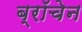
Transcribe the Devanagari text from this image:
ब्रॉचेन